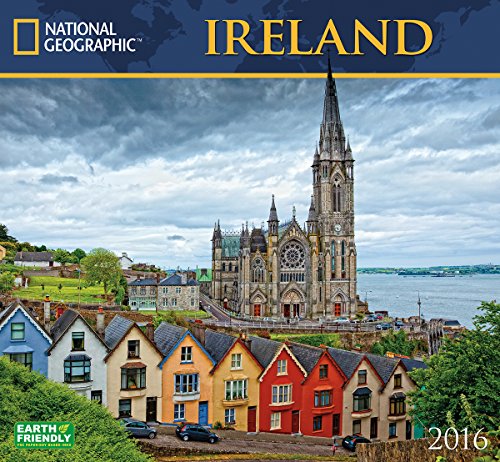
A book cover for Ireland National Geographic 2016 Wall Calendar; National Geographic Society; Travel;